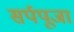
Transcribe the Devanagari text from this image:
सर्पपूजा